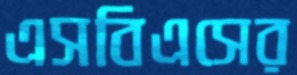
এসবিএসের